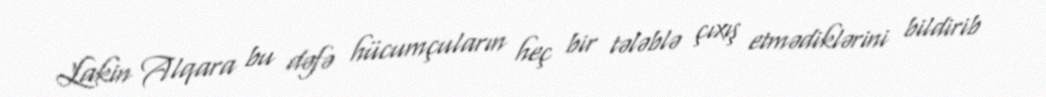
Lakin Alqara bu dəfə hücumçuların heç bir tələblə çıxış etmədiklərini bildirib